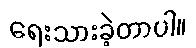
ရေးသားခဲ့တာပါ။